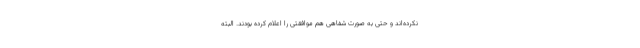
نکرده‌اند و حتی به صورت شفاهی هم موافقتی را اعلام کرده بودند. البته